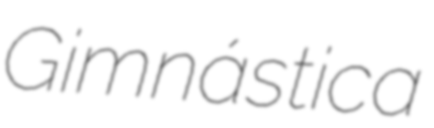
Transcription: Gimnástica